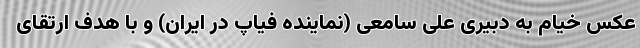
عکس خیام به دبیری علی سامعی (نماینده فیاپ در ایران) و با هدف ارتقای